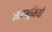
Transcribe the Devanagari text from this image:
नमभूमियों